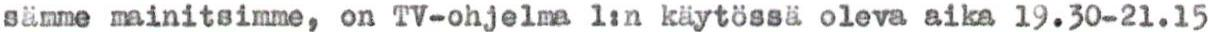
sämme mainitsimme, on TV-ohjelma 1:n käytössä oleva aika 19.30-21.15